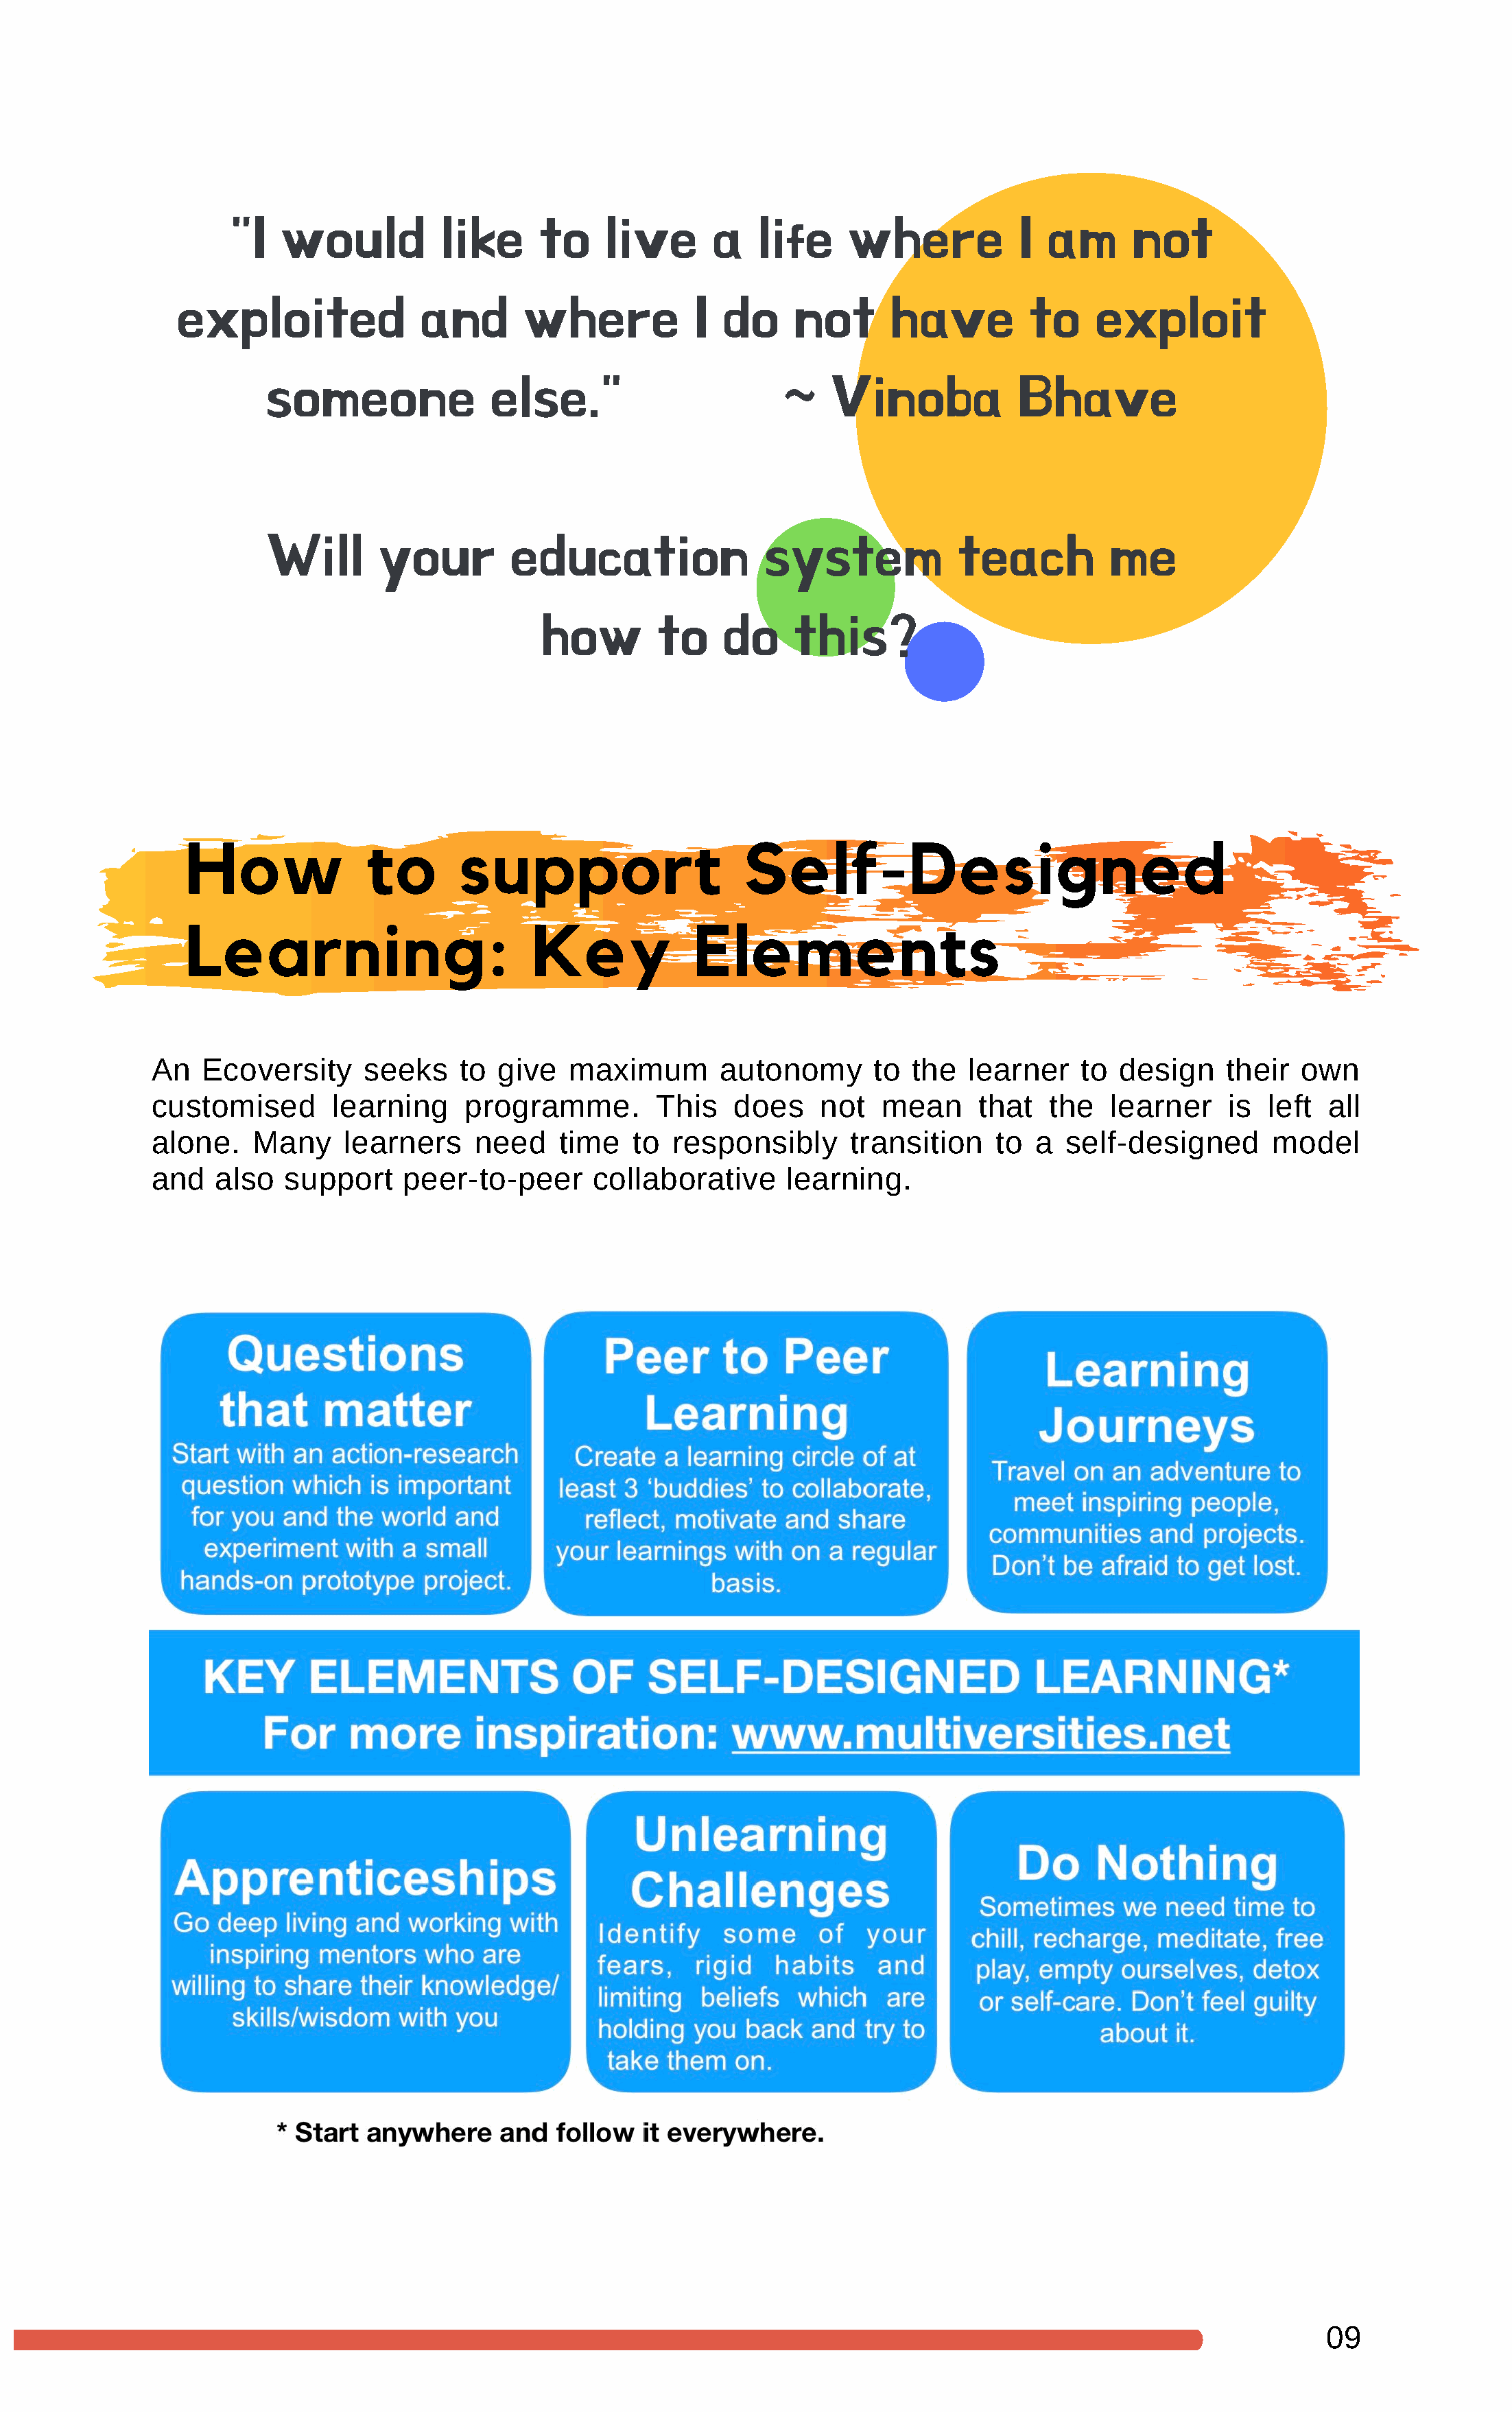
"I   would          like      to    live       a   life     where           I  am      not
 exploited               and       where           I  do     not      have         to     exploit
 someone              else."                      ~    Vinoba            Bhave
 Will       your        education                system            teach          me
 how        to     do     this?
 How              to       support                     Self-Designed
 Learning:                        Key             Elements
 An  Ecoversity      seeks    to  give   maximum       autonomy       to  the  learner    to  design    their  own
 customised       learning     programme.        This    does    not   mean     that   the   learner    is  left  all
 alone.   Many     learners     need    time   to  responsibly      transition    to  a  self-designed       model
 and   also  support     peer-to-peer      collaborative      learning.
 09